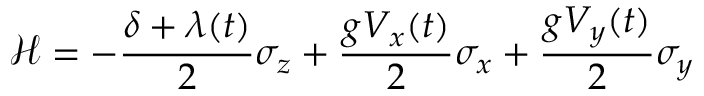
\mathcal { H } = - \frac { \delta + \lambda ( t ) } { 2 } \sigma _ { z } + \frac { g V _ { x } ( t ) } { 2 } \sigma _ { x } + \frac { g V _ { y } ( t ) } { 2 } \sigma _ { y }